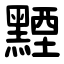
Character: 黫